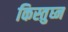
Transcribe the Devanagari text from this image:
किस्तुघ्न